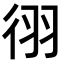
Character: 𫹓